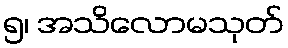
၅၊ အသိလောမသုတ်